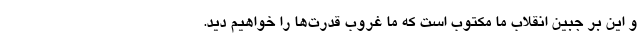
و این بر جبین انقلاب ما مکتوب است که ما غروب قدرت‌ها را خواهیم دید.